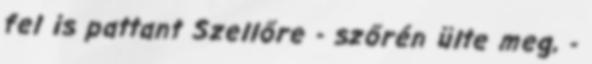
fel is pattant Szellőre - szőrén ülte meg, -